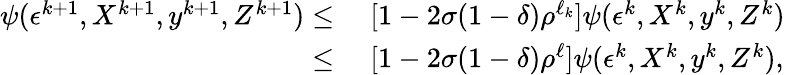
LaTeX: \begin{array}{rl}{\psi(\epsilon^{k+1},X^{k+1},y^{k+1},Z^{k+1})\leq}&{\; [1-2\sigma(1-\delta)\rho^{\ell_{k}}]\psi(\epsilon^{k},X^{k},y^{k},Z^{k})}\\ {\leq}&{\; [1-2\sigma(1-\delta)\rho^{\ell}]\psi(\epsilon^{k},X^{k},y^{k},Z^{k}),}\end{array}